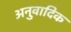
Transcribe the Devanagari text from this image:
अनुवादिक